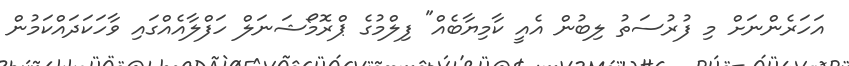
އަހަރެންނަށް މި ފުރުސަތު ލިބުން އެއީ ކާމިޔާބެއް" ފިލްމުގެ ޕްރޮމޯޝަނަލް ހަފްލާއެއްގައި ވާހަކަދައްކަމުން